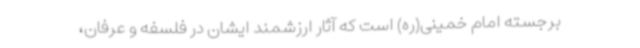
برجسته امام خمینی(ره) است که آثار ارزشمند ایشان در فلسفه و عرفان،